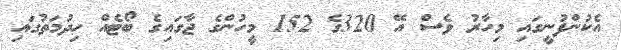
އެކުންފުނީގައި މިހާރު ވެސް އޭ 320ގެ 152 މީހުންގެ ޖާގައިގެ ބޯޓެއް ހިދުމަތުގައި